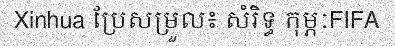
Xinhua ប្រែសម្រួល៖ សំរិទ្ធ កុម្ភៈFIFA